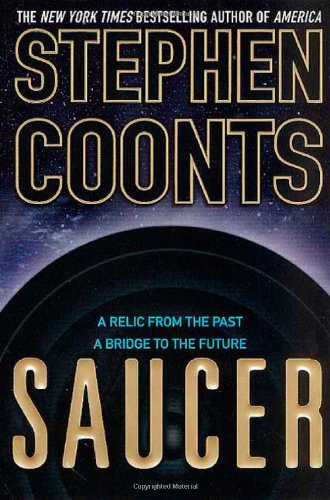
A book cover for Saucer; Stephen Coonts; Science Fiction & Fantasy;